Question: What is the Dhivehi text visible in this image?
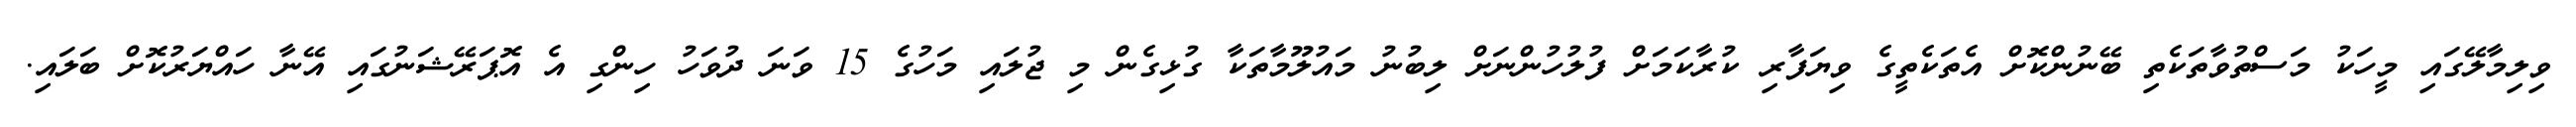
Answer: ވިލިމާލޭގައި މީހަކު މަސްތުވާތަކެތި ބޭނުންކޮށް އެތަކެތީގެ ވިޔަފާރި ކުރާކަމަށް ފުލުހުންނަށް ލިބުނު މައުލޫމާތަކާ ގުޅިގެން މި ޖުލައި މަހުގެ 15 ވަނަ ދުވަހު ހިންގި އެ އޮޕަރޭޝަނުގައި އޭނާ ހައްޔަރުކޮށް ބަލައި.